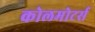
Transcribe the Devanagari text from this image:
कोलमोटर्स